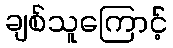
ချစ်သူကြောင့်